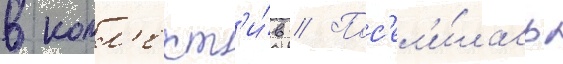
в колл'ект'и́в // Пос'ел'и́лась